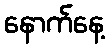
နောက်နေ့